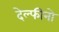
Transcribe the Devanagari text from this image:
देल्फीनो